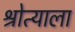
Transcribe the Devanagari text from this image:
श्रोत्याला